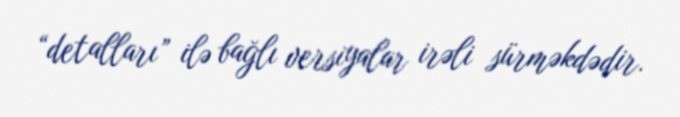
“detalları” ilə bağlı versiyalar irəli sürməkdədir.